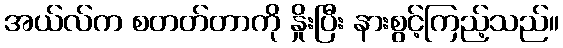
အယ်လ်က စတတ်တာကို နှိုးပြီး နားစွင့်ကြည့်သည်။